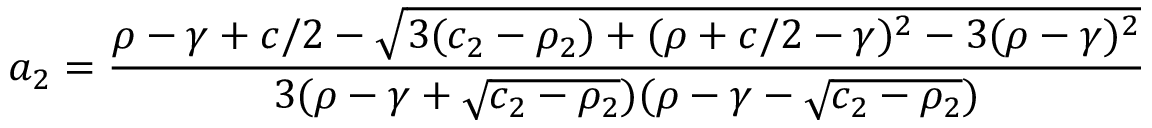
a _ { 2 } = \frac { \rho - \gamma + c / 2 - \sqrt { 3 ( c _ { 2 } - \rho _ { 2 } ) + ( \rho + c / 2 - \gamma ) ^ { 2 } - 3 ( \rho - \gamma ) ^ { 2 } } } { 3 ( \rho - \gamma + \sqrt { c _ { 2 } - \rho _ { 2 } } ) ( \rho - \gamma - \sqrt { c _ { 2 } - \rho _ { 2 } } ) }